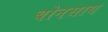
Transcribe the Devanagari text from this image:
बोनसाय